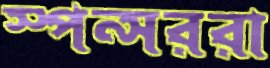
স্পন্সররা